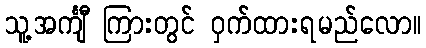
သူ့အင်္ကျီ ကြားတွင် ဝှက်ထားရမည်လော။